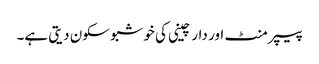
پیپر منٹ اور دار چینی کی خوشبو سکون دیتی ہے۔